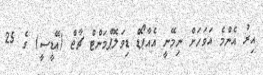
އިރު އެންމެ އަވަހަށް ނިމޭނީ އެއާޕޯޑް ޑިވަލޮޕްމަންޓް ޗާޖް (އޭޑީސީ) ގެ 25